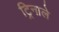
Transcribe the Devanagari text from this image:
ट्रिनाले